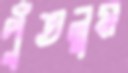
পুঁতলুম